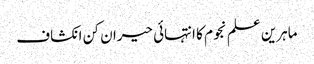
ماہرین علم نجوم کا انتہائی حیران کن انکشاف